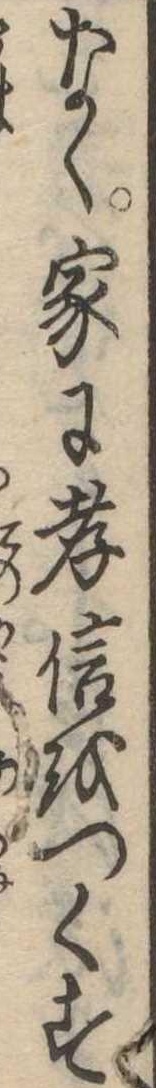
なく家に孝信をつくす